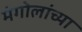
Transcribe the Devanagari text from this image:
मंगोलांच्या